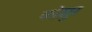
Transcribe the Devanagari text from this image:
कोशुर